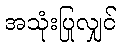
အသုံးပြုလျှင်